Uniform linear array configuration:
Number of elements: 4
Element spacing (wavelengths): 1
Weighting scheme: binomial
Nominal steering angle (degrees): -60
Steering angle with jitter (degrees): -60.924
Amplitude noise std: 0.05
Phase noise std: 0.05

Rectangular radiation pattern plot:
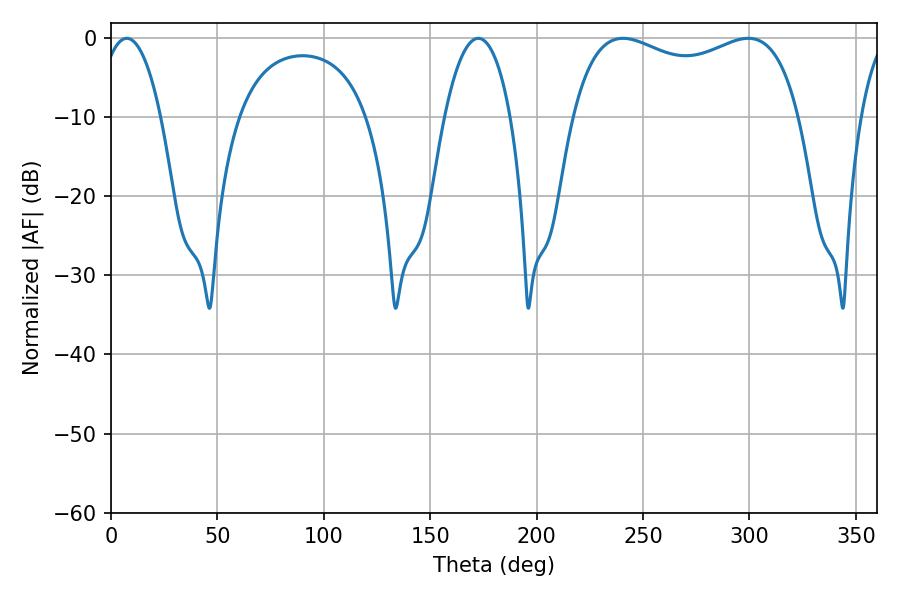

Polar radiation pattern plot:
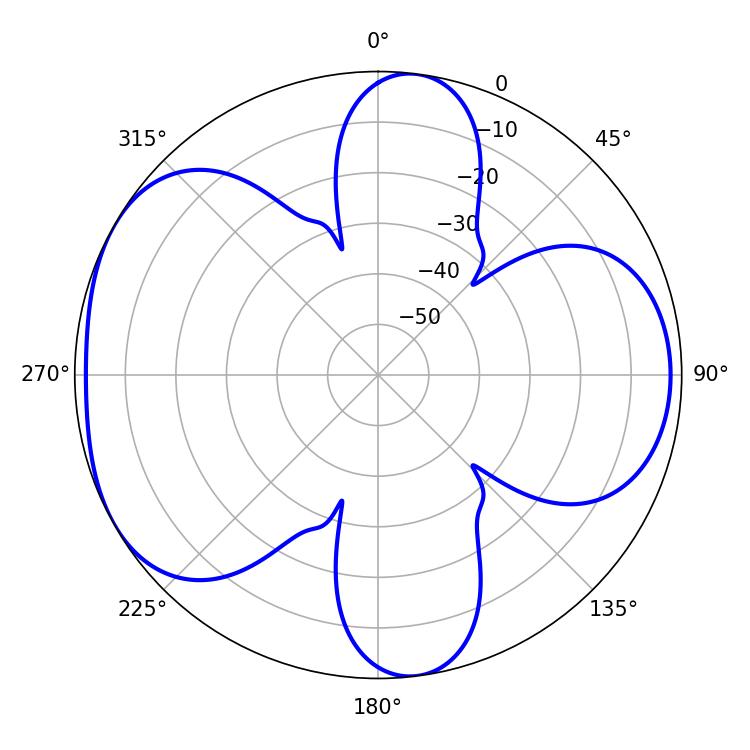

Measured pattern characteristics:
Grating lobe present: TRUE
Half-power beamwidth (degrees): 16.2
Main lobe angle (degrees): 7.38